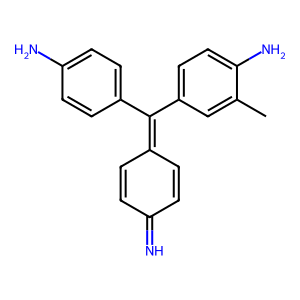
SMILES: Cc1cc(C(=C2C=CC(=N)C=C2)c2ccc(N)cc2)ccc1N
Inhibits HIV replication: No